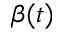
\beta ( t )